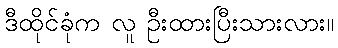
ဒီထိုင်ခုံက လူ ဦးထားပြီးသားလား။